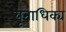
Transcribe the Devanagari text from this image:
यूनाधिक्य